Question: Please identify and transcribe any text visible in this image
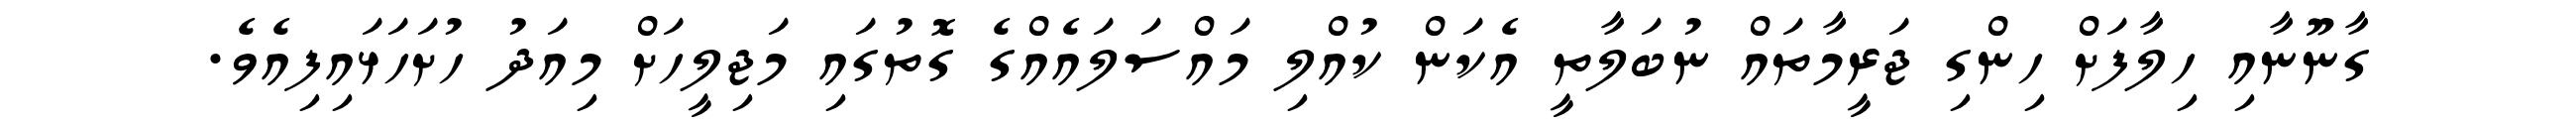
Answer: ގާނޫނާއި ހިލާފަށް ހިންގި ޖަރީމާތައް ނުބަލާތީ އެކަން ކުއްލި މައްސަލައެއްގެ ގޮތުގައި މަޖިލީހަށް މިއަދު ހުށަހަޅައިފިއެވެ.